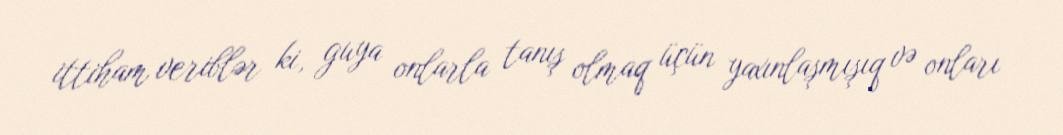
ittiham veriblər ki, guya onlarla tanış olmaq üçün yaxınlaşmışıq və onları